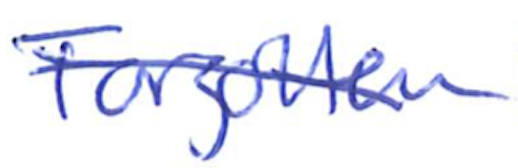
Text: Forgotten
Cross-out: diagonal
Writing tool: ballpoint